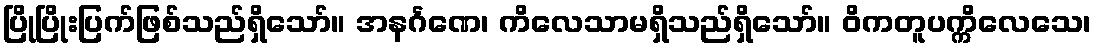
ပြိုပြိုးပြက်ဖြစ်သည်ရှိသော်။ အနင်္ဂဏေ၊ ကိလေသာမရှိသည်ရှိသော်။ ဝိကတူပက္ကိလေသေ၊